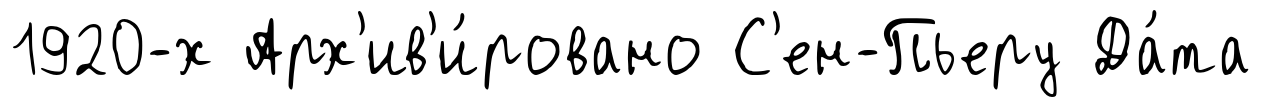
1920-х Арх'ив'и́ровано С'ен-Пьеру Да́та